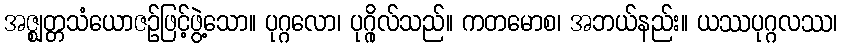
အဇ္ဈတ္တသံယောဇဉ်ဖြင့်ဖွဲ့သော။ ပုဂ္ဂလော၊ ပုဂ္ဂိုလ်သည်။ ကတမောစ၊ အဘယ်နည်း။ ယဿပုဂ္ဂလဿ၊